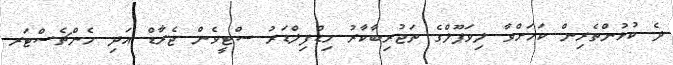
ދެ ކުޅުންތެރިން ކަމަށްވާ ލިވަޕޫލްގެ ތަޖުރިބާކާރު މިޑްފިލްޑަރު ސްޓީވެން ޖެރާޑް އަދި މެންޗެސްޓަރ